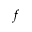
f